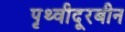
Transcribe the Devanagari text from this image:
पृथ्वीदूरबीन